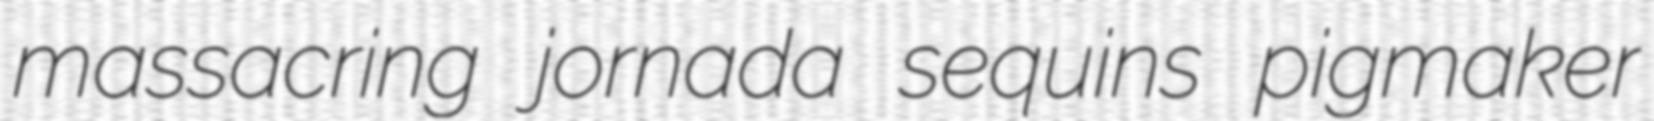
massacring jornada sequins pigmaker